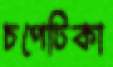
চপেটিকা